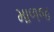
માળજ